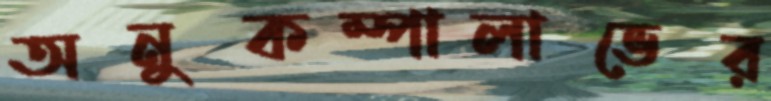
অনুকম্পালাভের